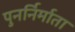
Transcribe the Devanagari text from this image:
पुनर्निर्माता